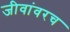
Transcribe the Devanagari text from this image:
जीवांवरच